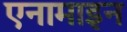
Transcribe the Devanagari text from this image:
एनामाइन